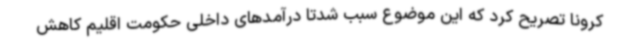
کرونا تصریح کرد که این موضوع سبب شدتا درآمدهای داخلی حکومت اقلیم کاهش